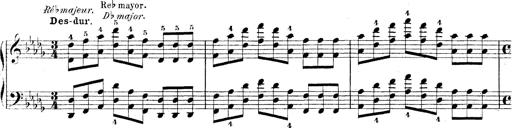
Title: Technische Studien
Composer: Franz Liszt